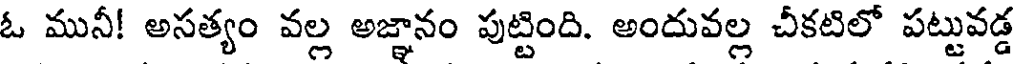
ఓ మునీ! అసత్యం వల్ల అజ్ఞానం పుట్టింది. అందువల్ల చీకటిలో పట్టువడ్డ